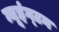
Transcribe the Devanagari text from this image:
न्यूइंग्टन